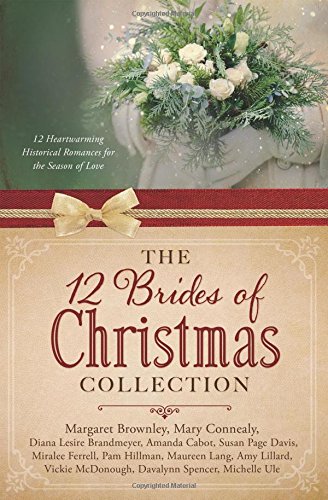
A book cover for The 12 Brides of Christmas Collection: 12 Heartwarming Historical Romances for the Season of Love; Mary Connealy; Romance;